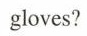
gloves?